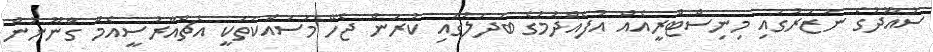
ސުއޫދުގެ ނަޒަރުގައި މިނިސްޓްރީއެއް އުފެއްދުމުގެ ބަދަލުގައި ކުރަން ޖެހޭ މަސައްކަތަކީ އެޗްއާރުސީއެމް ގާނޫނުން